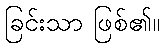
ခြင်းသာ ဖြစ်၏။